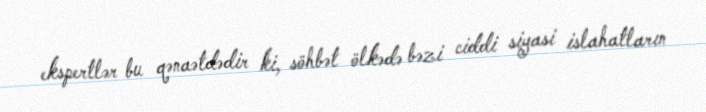
ekspertlər bu qənaətdədir ki, söhbət ölkədə bəzi ciddi siyasi islahatların